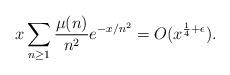
LaTeX: \begin{align*}x\sum_{n\ge1}\frac{\mu(n)}{n^2}e^{-x/n^2}=O(x^{\frac{1}{4}+\epsilon}).\end{align*}